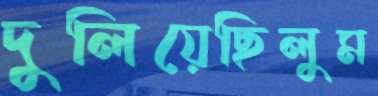
দুলিয়েছিলুম